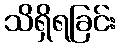
သိရှိရခြင်း